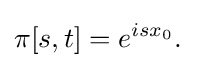
\pi [s,t]=e^{isx_{0}}.\quad